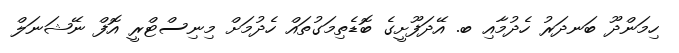
ހިމަންދޫ ބަނދަރު ހެދުމާއި ބ. އޭދަފޫށީގެ ބޮޑެތިމަގުތައް ހެދުމަށް މިނިސްޓްރީ އޮފް ނޭޝަނަލް